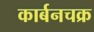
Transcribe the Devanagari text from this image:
कार्बनचक्र